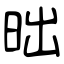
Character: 昢